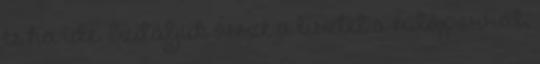
és ha ide. Szitáljuk össze a lisztet a sütőporral,